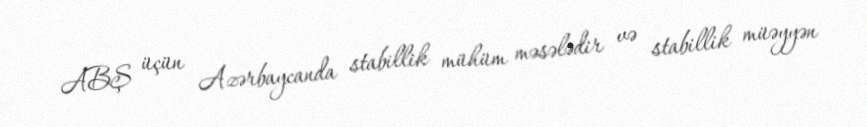
ABŞ üçün Azərbaycanda stabillik mühüm məsələdir və stabillik müəyyən